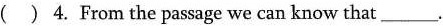
( )4.From the passage we can know that___